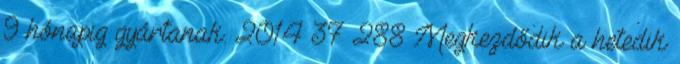
9 hónapig gyártanak. 2014 37 288 Megkezdődik a hetedik